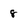
Character: 8